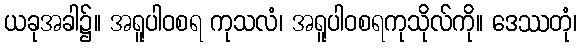
ယခုအခါ၌။ အရူပါဝစရ ကုသလံ၊ အရူပါဝစရကုသိုလ်ကို။ ဒေဿတုံ၊